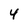
Character: 4